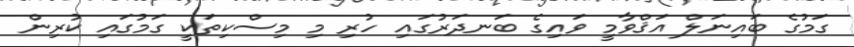
ގަމުގެ ބައިނަލް އަޤްްވާމީ ވައިގެ ބަނދަރުގައި ހުރި މި މިސްކިތަކީ ގަމުގައި ކުރިން